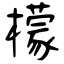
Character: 檬